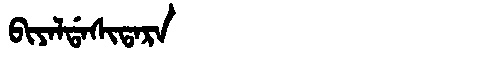
Manchu: ᠪᡳᠶᠠᠯᡩᠠᠰᡳᡨᠠᡵᠠ
Romanization: BIYALDASITARA